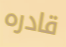
قادره